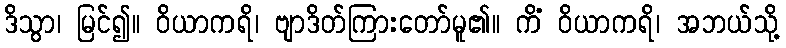
ဒိသွာ၊ မြင်၍။ ဝိယာကရိ၊ ဗျာဒိတ်ကြားတော်မူ၏။ ကိံ ဝိယာကရိ၊ အဘယ်သို့